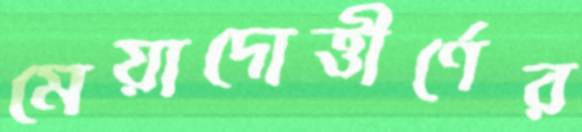
মেয়াদোত্তীর্ণের